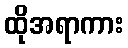
ထိုအရာကား